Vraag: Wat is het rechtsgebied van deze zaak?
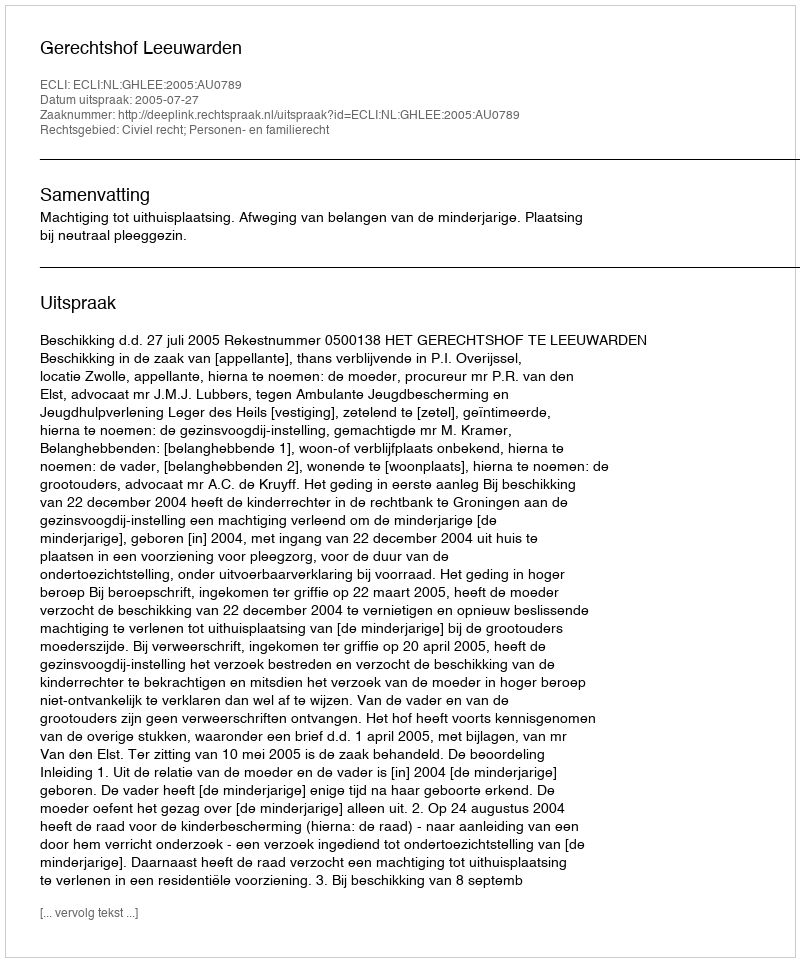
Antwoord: Civiel recht; Personen- en familierecht